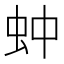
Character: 蚛